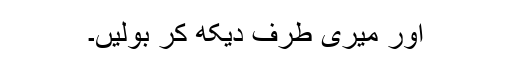
اور میری طرف دیکھ کر بولیں۔